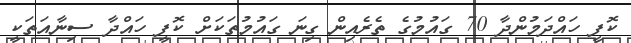
ކޮފީ ހައްދަމުންދާ 70 ގައުމުގެ ތެރެއިން ގިނަ ގައުމުތަކަށް ކޮފީ ހައްދާ ސިނާއަތަކީ